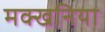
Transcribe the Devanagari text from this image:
मक्खनिया